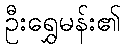
ဦးရွှေမန်း၏